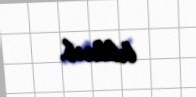
bildirib.